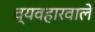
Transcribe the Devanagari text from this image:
व्यवहारवाले